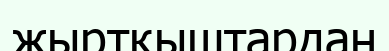
жыртқыштардан